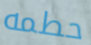
حطمه